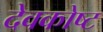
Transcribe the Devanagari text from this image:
देवकोष्ट